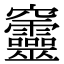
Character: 𥩔